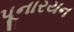
પૂનારયન